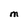
Character: m